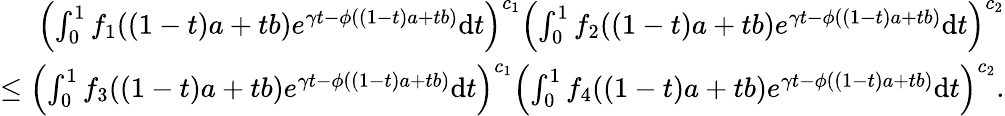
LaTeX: \begin{array}{r}{\left(\int_{0}^{1}f_{1}((1-t)a+tb)e^{\gamma t-\phi((1-t)a+tb)}\textup{d}t\right)^{c_{1}}\left(\int_{0}^{1}f_{2}((1-t)a+tb)e^{\gamma t-\phi((1-t)a+tb)}\textup{d}t\right)^{c_{2}}}\\ {\leq\left(\int_{0}^{1}f_{3}((1-t)a+tb)e^{\gamma t-\phi((1-t)a+tb)}\textup{d}t\right)^{c_{1}}\left(\int_{0}^{1}f_{4}((1-t)a+tb)e^{\gamma t-\phi((1-t)a+tb)}\textup{d}t\right)^{c_{2}}.}\end{array}